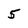
Character: 5